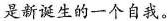
是新诞生的一个自我。